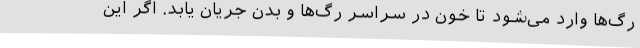
رگ‌ها وارد می‌شود تا خون در سراسر رگ‌ها و بدن جریان یابد. اگر این